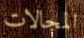
المجالات